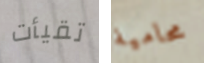
تقيأت محامية